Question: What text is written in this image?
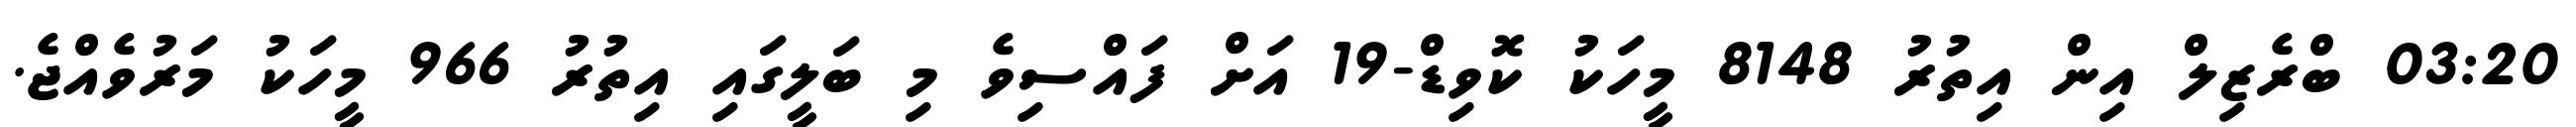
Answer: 03:20 ބްރެޒިލް އިން އިތުރު 8148 މީހަކު ކޮވިޑް-19 އަށް ފައްސިވެ މި ބަލީގައި އިތުރު 966 މީހަކު މަރުވެއްޖެ.